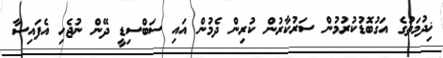
ޚިދުމަތުގެ އަގުބޮޑުކުރުމުން ސަރުކާރުން ކުރިން ދެމުން އައި ސަބްސިޑީ ދޭން ނުޖެހި އެފައިސާ